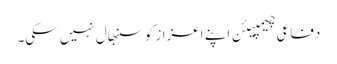
دفاعی چیمپیئن اپنے اعزاز کو سنبھال نہیں سکی۔